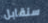
سنقابل